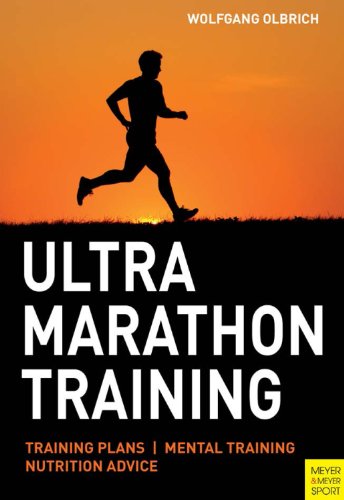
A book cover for Ultra Marathon Training; Wolfgang Olbrich; Sports & Outdoors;